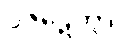
ဝိဇဋေတွာ